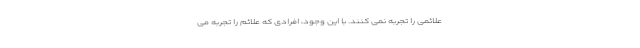
علائمی را تجربه نمی کنند. با این وجود، افرادی که علائم را تجربه می